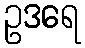
ဥဒရေ